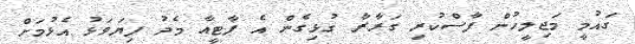
ގައުމީ މަޖިލީހުން ފާސްކުރި ގަރާރާ ގުޅިގެން އެ ޕާޓީއާ މެދު ފިޔަވަޅު އެޅުމަށް